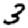
Digit: 3